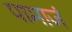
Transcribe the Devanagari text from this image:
पामाजं